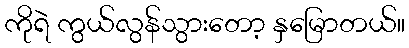
ကိုရဲ ကွယ်လွန်သွားတော့ နှမြောတယ်။